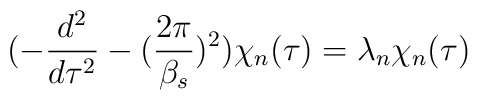
(-\frac{d^2}{d\tau^2} - (\frac{2\pi}{\beta_s})^2 ) \chi_n(\tau) = \lambda_n \chi_n (\tau)